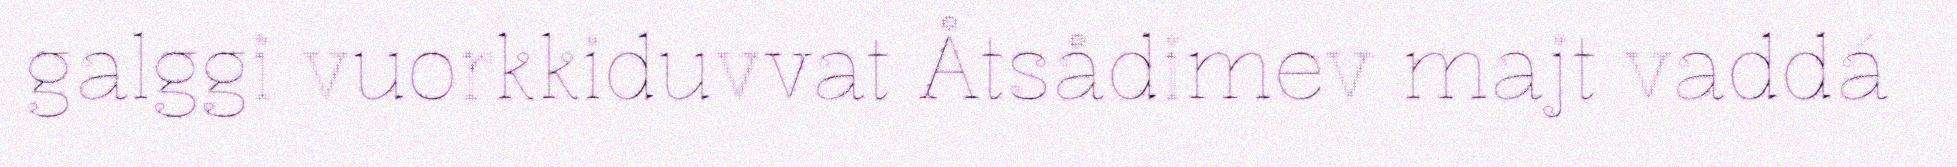
galggi vuorkkiduvvat Åtsådimev majt vaddá